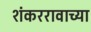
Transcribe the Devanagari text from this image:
शंकररावाच्या